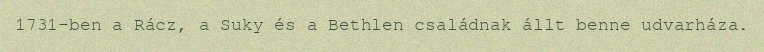
1731-ben a Rácz, a Suky és a Bethlen családnak állt benne udvarháza.